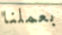
بعملنا